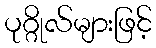
ပုဂ္ဂိုလ်များဖြင့်